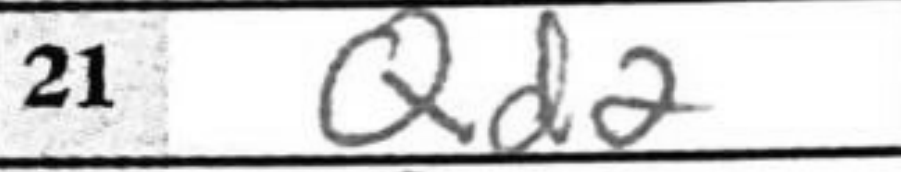
Transcription: Qd2